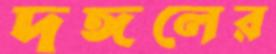
দঙ্গলের